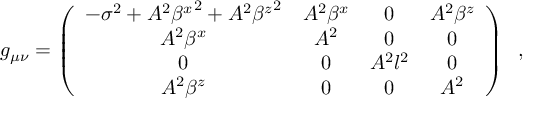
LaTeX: g _ { \mu \nu } = \left( \begin{array} { c c c c } { { - { \sigma } ^ { 2 } + A ^ { 2 } { \beta ^ { x } } ^ { 2 } + A ^ { 2 } { \beta ^ { z } } ^ { 2 } } } & { { A ^ { 2 } \beta ^ { x } } } & { { 0 } } & { { A ^ { 2 } \beta ^ { z } } } \\ { { A ^ { 2 } \beta ^ { x } } } & { { A ^ { 2 } } } & { { 0 } } & { { 0 } } \\ { { 0 } } & { { 0 } } & { { A ^ { 2 } l ^ { 2 } } } & { { 0 } } \\ { { A ^ { 2 } \beta ^ { z } } } & { { 0 } } & { { 0 } } & { { A ^ { 2 } } } \end{array} \right) \; \; ,